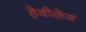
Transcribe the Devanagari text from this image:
हेवीसेज